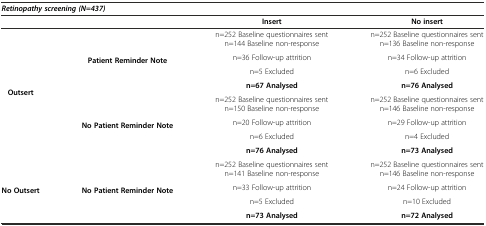
| <COLSPAN=4> Retinopathy screening (N=437) |
 |  |  | Insert | No insert |
 | --- | --- | --- | --- |
 | <ROWSPAN=8> Outsert | <ROWSPAN=4> Patient Reminder Note | n=252 Baseline questionnaires sent n=144 Baseline non-response | n=252 Baseline questionnaires sent n=136 Baseline non-response |
 | n=36 Follow-up attrition | n=34 Follow-up attrition |
 | n=5 Excluded | n=6 Excluded |
 | n=67 Analysed | n=76 Analysed |
 | <ROWSPAN=4> No Patient Reminder Note | n=252 Baseline questionnaires sent n=150 Baseline non-response | n=252 Baseline questionnaires sent n=146 Baseline non-response |
 | n=20 Follow-up attrition | n=29 Follow-up attrition |
 | n=6 Excluded | n=4 Excluded |
 | n=76 Analysed | n=73 Analysed |
 | <ROWSPAN=4> No Outsert | <ROWSPAN=4> No Patient Reminder Note | n=252 Baseline questionnaires sent n=141 Baseline non-response | n=252 Baseline questionnaires sent n=146 Baseline non-response |
 | n=33 Follow-up attrition | n=24 Follow-up attrition |
 | n=5 Excluded | n=10 Excluded |
 | n=73 Analysed | n=72 Analysed |